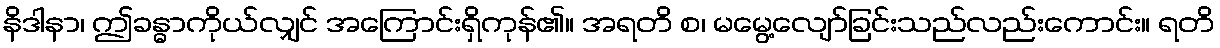
နိဒါနာ၊ ဤခန္ဓာကိုယ်လျှင် အကြောင်းရှိကုန်၏။ အရတိ စ၊ မမွေ့လျော်ခြင်းသည်လည်းကောင်း။ ရတိ